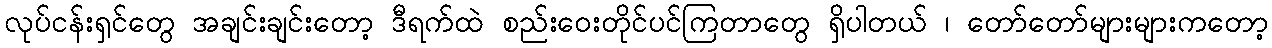
လုပ်ငန်းရှင်တွေ အချင်းချင်းတော့ ဒီရက်ထဲ စည်းဝေးတိုင်ပင်ကြတာတွေ ရှိပါတယ် ၊ တော်တော်များများကတော့